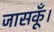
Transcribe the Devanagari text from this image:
जासकूँ।